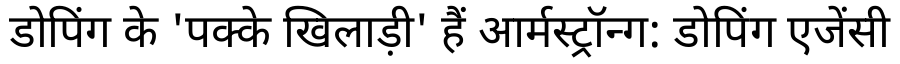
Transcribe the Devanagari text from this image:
डोपिंग के 'पक्के खिलाड़ी' हैं आर्मस्ट्रॉन्ग: डोपिंग एजेंसी